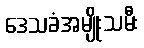
ဒေသခံအမျိုးသမီး